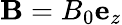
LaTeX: \mathbf{B}=B_{0}\mathbf{e}_{z}